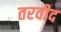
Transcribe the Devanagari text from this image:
तरवीद